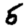
Digit: 5